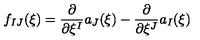
f _ { I J } ( \xi ) = \frac { \partial } { \partial \xi ^ { I } } a _ { J } ( \xi ) - \frac { \partial } { \partial \xi ^ { J } } a _ { I } ( \xi )